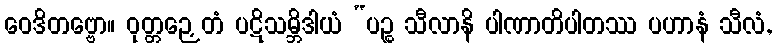
ဝေဒိတဗ္ဗော။ ဝုတ္တဉှေတံ ပဋိသမ္ဘိဒါယံ “ပဉ္စ သီလာနိ ပါဏာတိပါတဿ ပဟာနံ သီလံ,